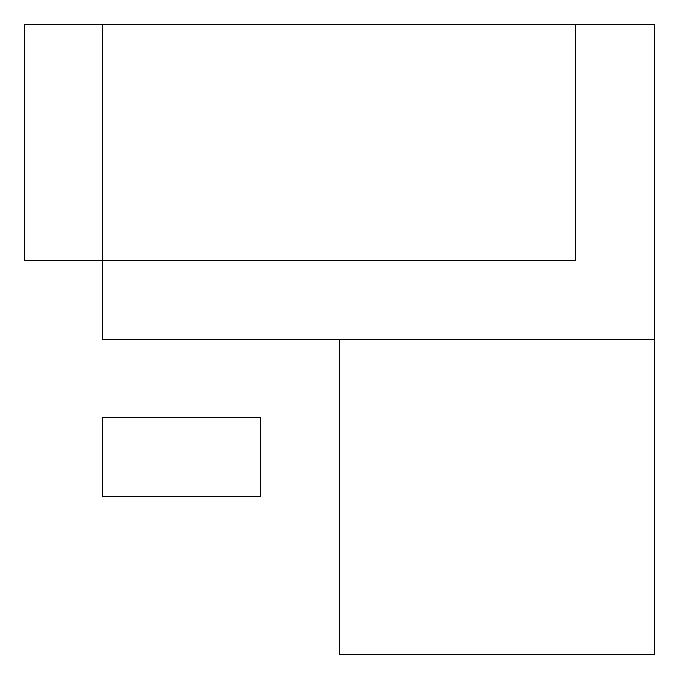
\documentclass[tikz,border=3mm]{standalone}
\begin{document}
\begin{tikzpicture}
\draw (3,14) rectangle (1,13);
\draw (7,16) rectangle (0,19);
\draw (1,15) rectangle (8,19);
\draw (8,11) rectangle (4,15);
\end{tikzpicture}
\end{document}